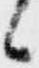
候